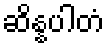
ဆိန္နပါတံ